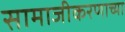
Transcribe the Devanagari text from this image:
सामाजीकरणाच्या